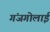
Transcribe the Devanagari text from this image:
गंजगोलाई